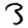
Digit: 3